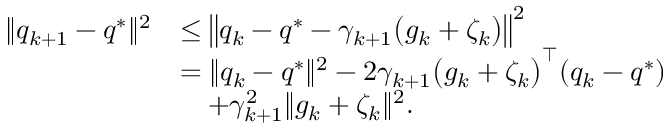
\begin{array} { r l } { \| q _ { k + 1 } - q ^ { * } \| ^ { 2 } } & { \leq \big \| q _ { k } - q ^ { * } - \gamma _ { k + 1 } \big ( g _ { k } + \zeta _ { k } \big ) \big \| ^ { 2 } } \\ & { = \| q _ { k } - q ^ { * } \| ^ { 2 } - 2 \gamma _ { k + 1 } \big ( g _ { k } + \zeta _ { k } \big ) ^ { \top } ( q _ { k } - q ^ { * } ) } \\ & { \quad + \gamma _ { k + 1 } ^ { 2 } \| g _ { k } + \zeta _ { k } \| ^ { 2 } . } \end{array}